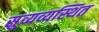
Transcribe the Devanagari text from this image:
सुव्यव्यस्थित